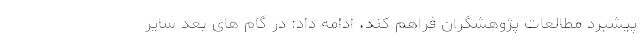
پیشبرد مطالعات پژوهشگران فراهم کند، ادامه داد: در گام های بعد سایر